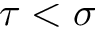
\tau < \sigma